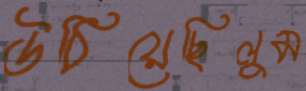
উঠিয়েছিলুম